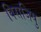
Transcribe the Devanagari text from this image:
विराजिषु